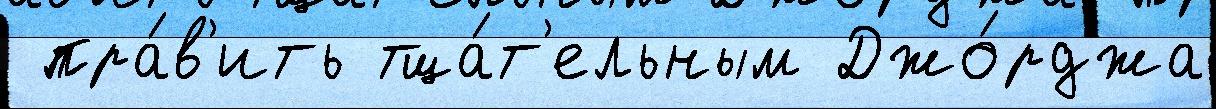
 пра́в'ить тща́т'ельным Джо́рджа